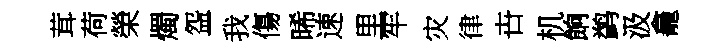
茸荷榮燭盌我傷晞速里牢灾律卋机餉鹢汲龕